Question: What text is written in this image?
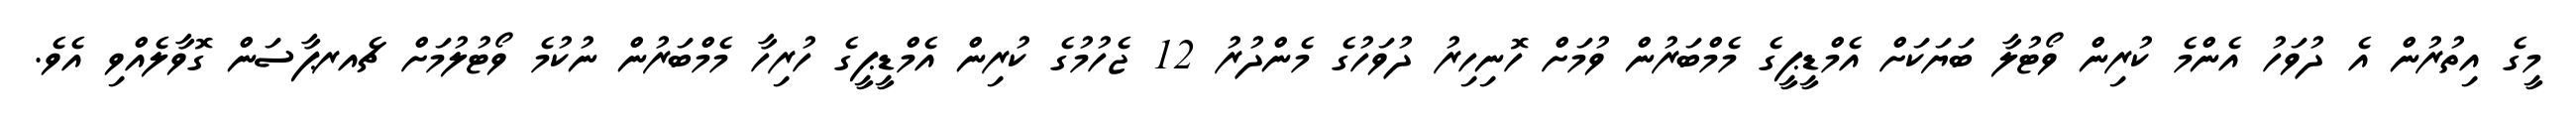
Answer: މީގެ އިތުރުން އެ ދުވަހު އެންމެ ކުރިން ވޯޓުލާ ބަޔަކަށް އެމްޑީޕީގެ މެމްބަރުން ވުމަށް ހޮނިހިރު ދުވަހުގެ މެންދުރު 12 ޖެހުމުގެ ކުރިން އެމްޑީޕީގެ ހުރިހާ މެމްބަރުން ނުކުމެ ވޯޓުލުމަށް ޗެއރޕާސަން ގޮވާލެއްވި އެވެ.